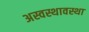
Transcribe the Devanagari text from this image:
अस्वस्थावस्था